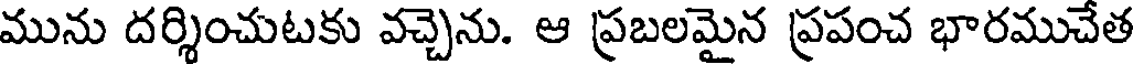
మును దర్శించుటకు వచ్చెను. ఆ ప్రబలమైన ప్రపంచ భారముచేత